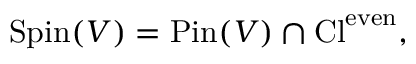
\operatorname { S p i n } ( V ) = \operatorname { P i n } ( V ) \cap \operatorname { C l } ^ { \mathrm { e v e n } } ,